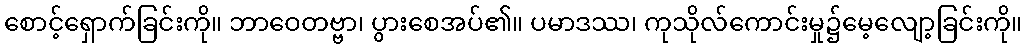
စောင့်ရှောက်ခြင်းကို။ ဘာဝေတဗ္ဗာ၊ ပွားစေအပ်၏။ ပမာဒဿ၊ ကုသိုလ်ကောင်းမှု၌မေ့လျော့ခြင်းကို။